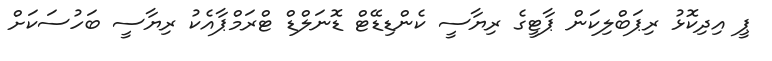
ޕީ އިދިކޮޅު ރިޕަބްލިކަން ޕާޓީގެ ރިޔާސީ ކެންޑިޑޭޓް ޑޮނަލްޑް ޓްރަމްޕާއެކު ރިޔާސީ ބަހުސަކަށް